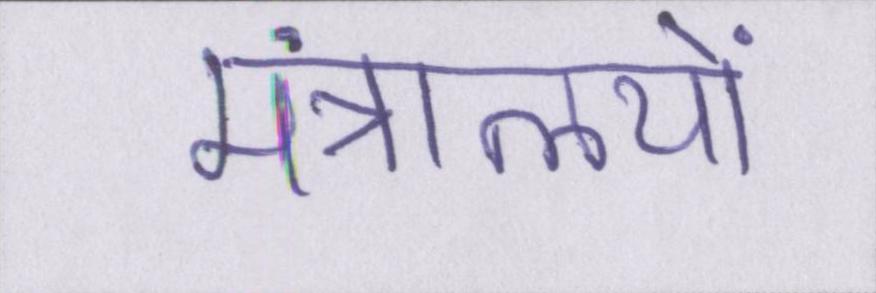
मंत्रालयों